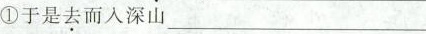
①于是\underset{·}{去}而入深山___